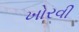
ખોરવી